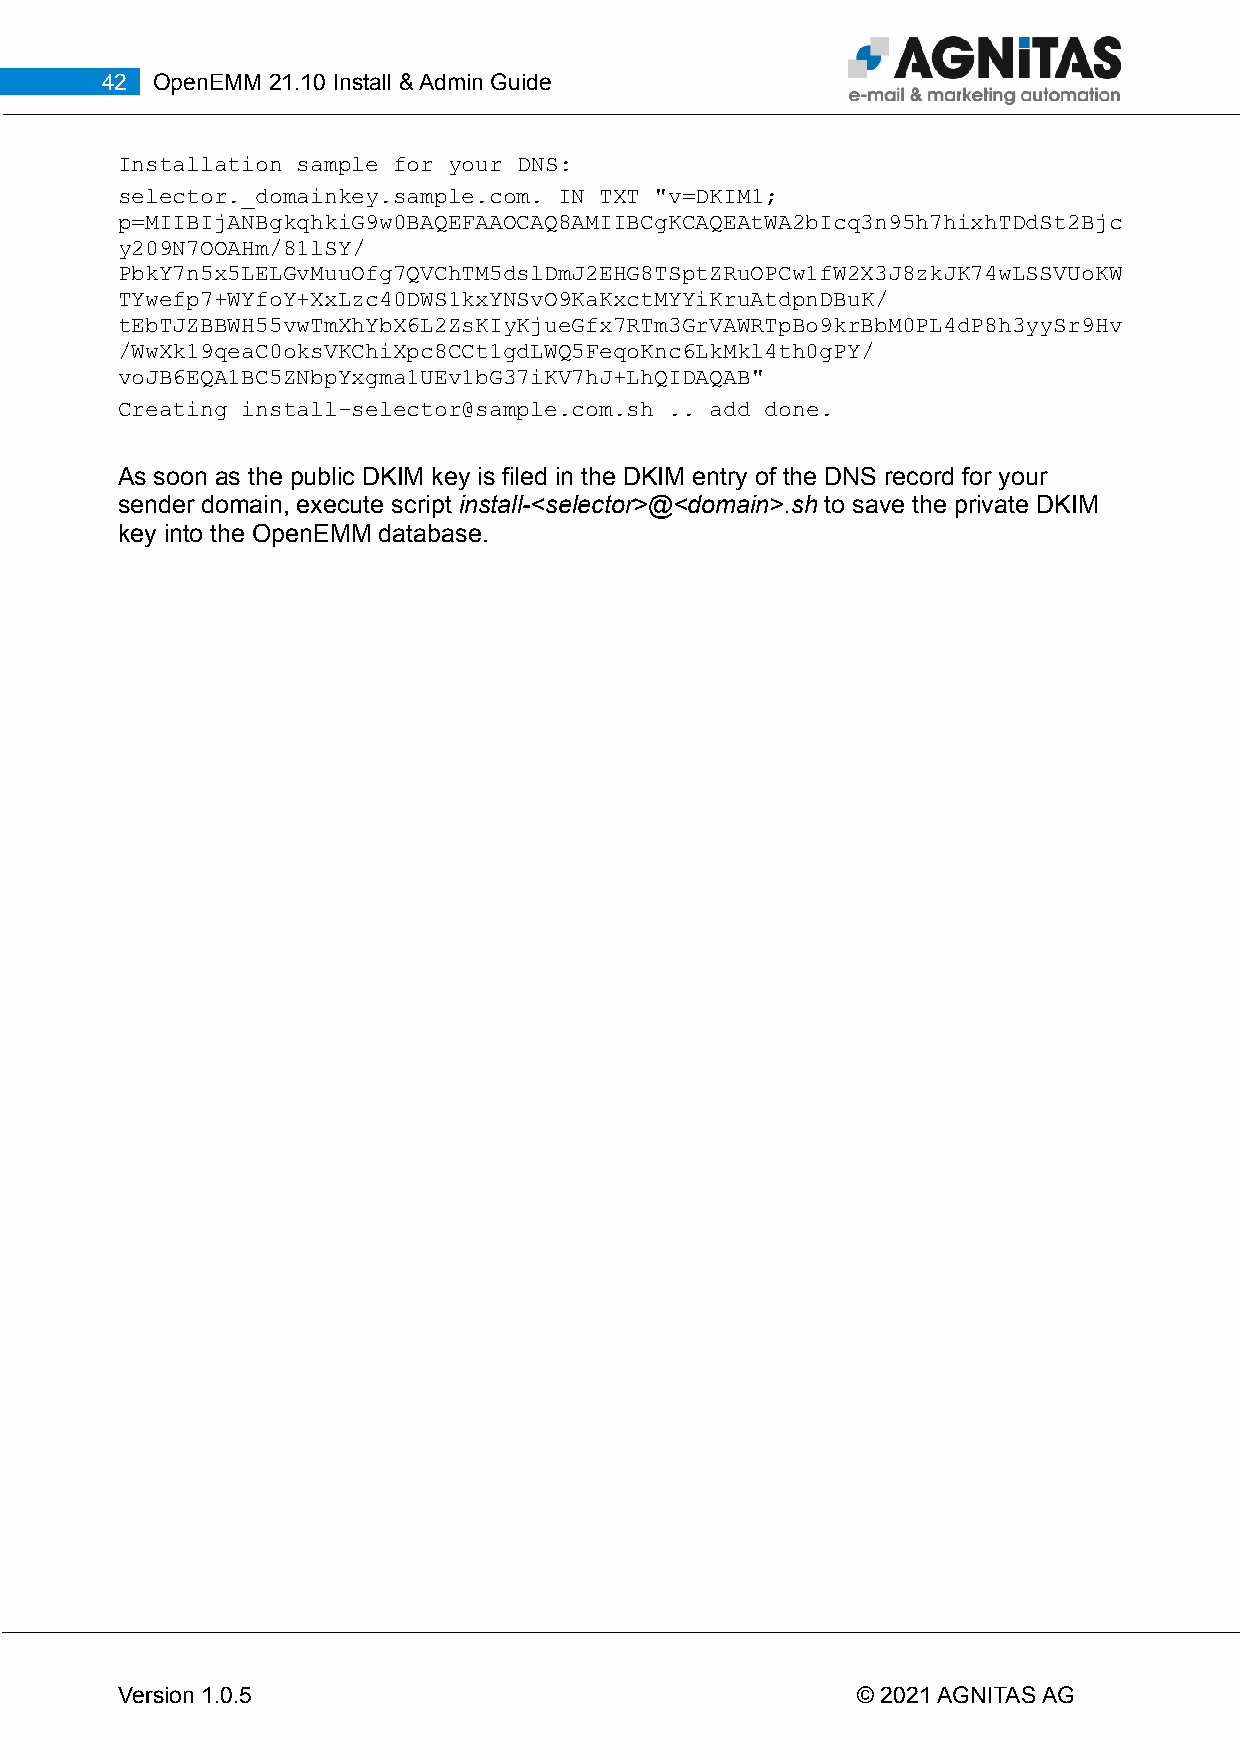
42 OpenEMM 21.10 Install & Admin Guide
 Installation sample for your DNS:
 selector._domainkey.sample.com. IN TXT "v=DKIM1;
 p=MIIBIjANBgkqhkiG9w0BAQEFAAOCAQ8AMIIBCgKCAQEAtWA2bIcq3n95h7hixhTDdSt2Bjc
 y209N7OOAHm/81lSY/
 PbkY7n5x5LELGvMuuOfg7QVChTM5dslDmJ2EHG8TSptZRuOPCw1fW2X3J8zkJK74wLSSVUoKW
 TYwefp7+WYfoY+XxLzc40DWS1kxYNSvO9KaKxctMYYiKruAtdpnDBuK/
 tEbTJZBBWH55vwTmXhYbX6L2ZsKIyKjueGfx7RTm3GrVAWRTpBo9krBbM0PL4dP8h3yySr9Hv
 /WwXk19qeaC0oksVKChiXpc8CCt1gdLWQ5FeqoKnc6LkMkl4th0gPY/
 voJB6EQA1BC5ZNbpYxgma1UEv1bG37iKV7hJ+LhQIDAQAB"
 Creating install-selector@sample.com.sh .. add done.
 As soon as the public DKIM key is filed in the DKIM entry of the DNS record for your
 sender domain, execute script install-<selector>@<domain>.sh to save the private DKIM
 key into the OpenEMM database.
 Version 1.0.5                                    © 2021 AGNITAS AG